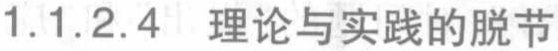
1.1.2.4 理论与实践的脱节